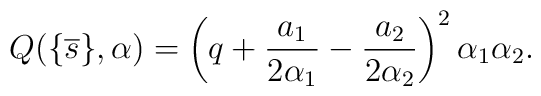
Q(\{ \overline{s} \},\alpha)=\left( q+\frac{a_1}{2\alpha_1}-\frac{a_2}{2\alpha_2}  \right)^2 \alpha_1 \alpha_2.